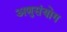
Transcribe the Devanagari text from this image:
अणुसंयोग